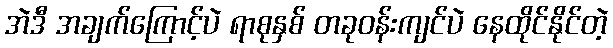
အဲဒီ အချက်ကြောင့်ပဲ ရာစုနှစ် တခုဝန်းကျင်ပဲ နေထိုင်နိုင်တဲ့